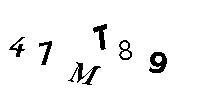
41MT89